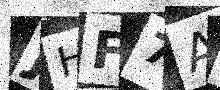
Text: JHF7AM